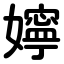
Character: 嬣